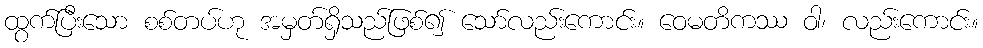
ထွက်ပြီးသော စစ်တပ်ဟု အမှတ်ရှိသည်ဖြစ်၍ သော်လည်းကောင်း။ ဝေမတိကဿ ဝါ၊ လည်းကောင်း။